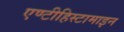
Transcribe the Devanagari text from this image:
एण्टीहिस्टामाइन